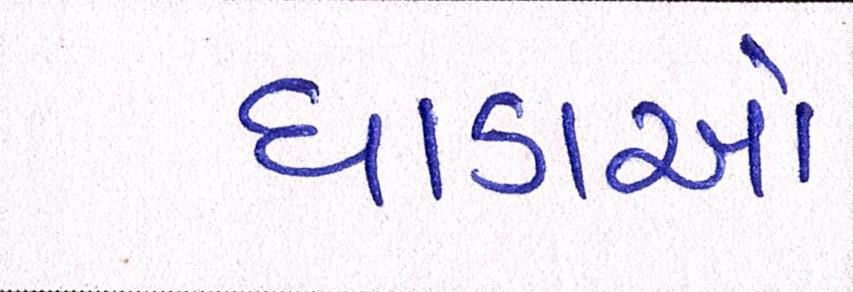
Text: ધાડાઓ